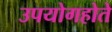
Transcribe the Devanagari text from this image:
उपयोगहोते